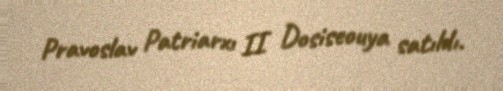
Pravoslav Patriarxı II Dosiseouya satıldı.